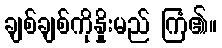
ချစ်ချစ်ကိုနှိုးမည် ကြံ၏။